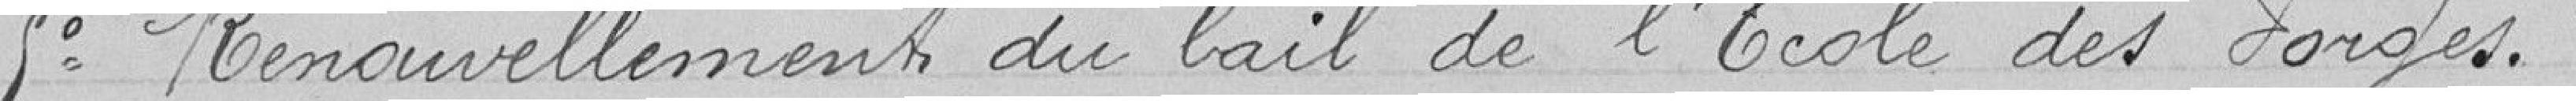
5° Renouvellement du bail de l'école des Forges